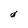
Character: 0